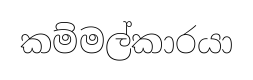
කම්මල්කාරයා